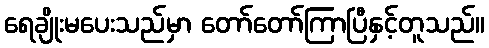
ရေချိုးမပေးသည်မှာ တော်တော်ကြာပြီနှင့်တူသည်။